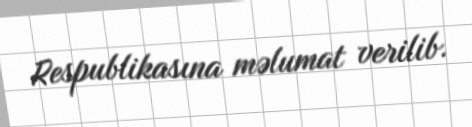
Respublikasına məlumat verilib.